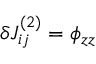
\delta J _ { i j } ^ { ( 2 ) } = \phi _ { z z }